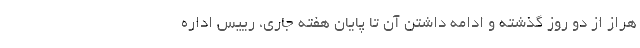
هراز از دو روز گذشته و ادامه داشتن آن تا پایان هفته جاری، رییس اداره